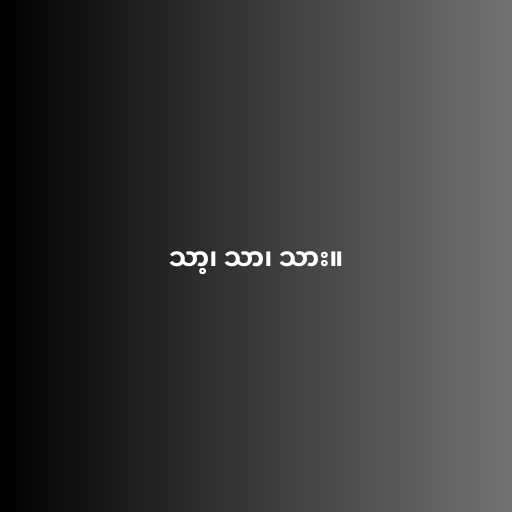
သာ့၊ သာ၊ သား။